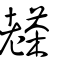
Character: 𦓅